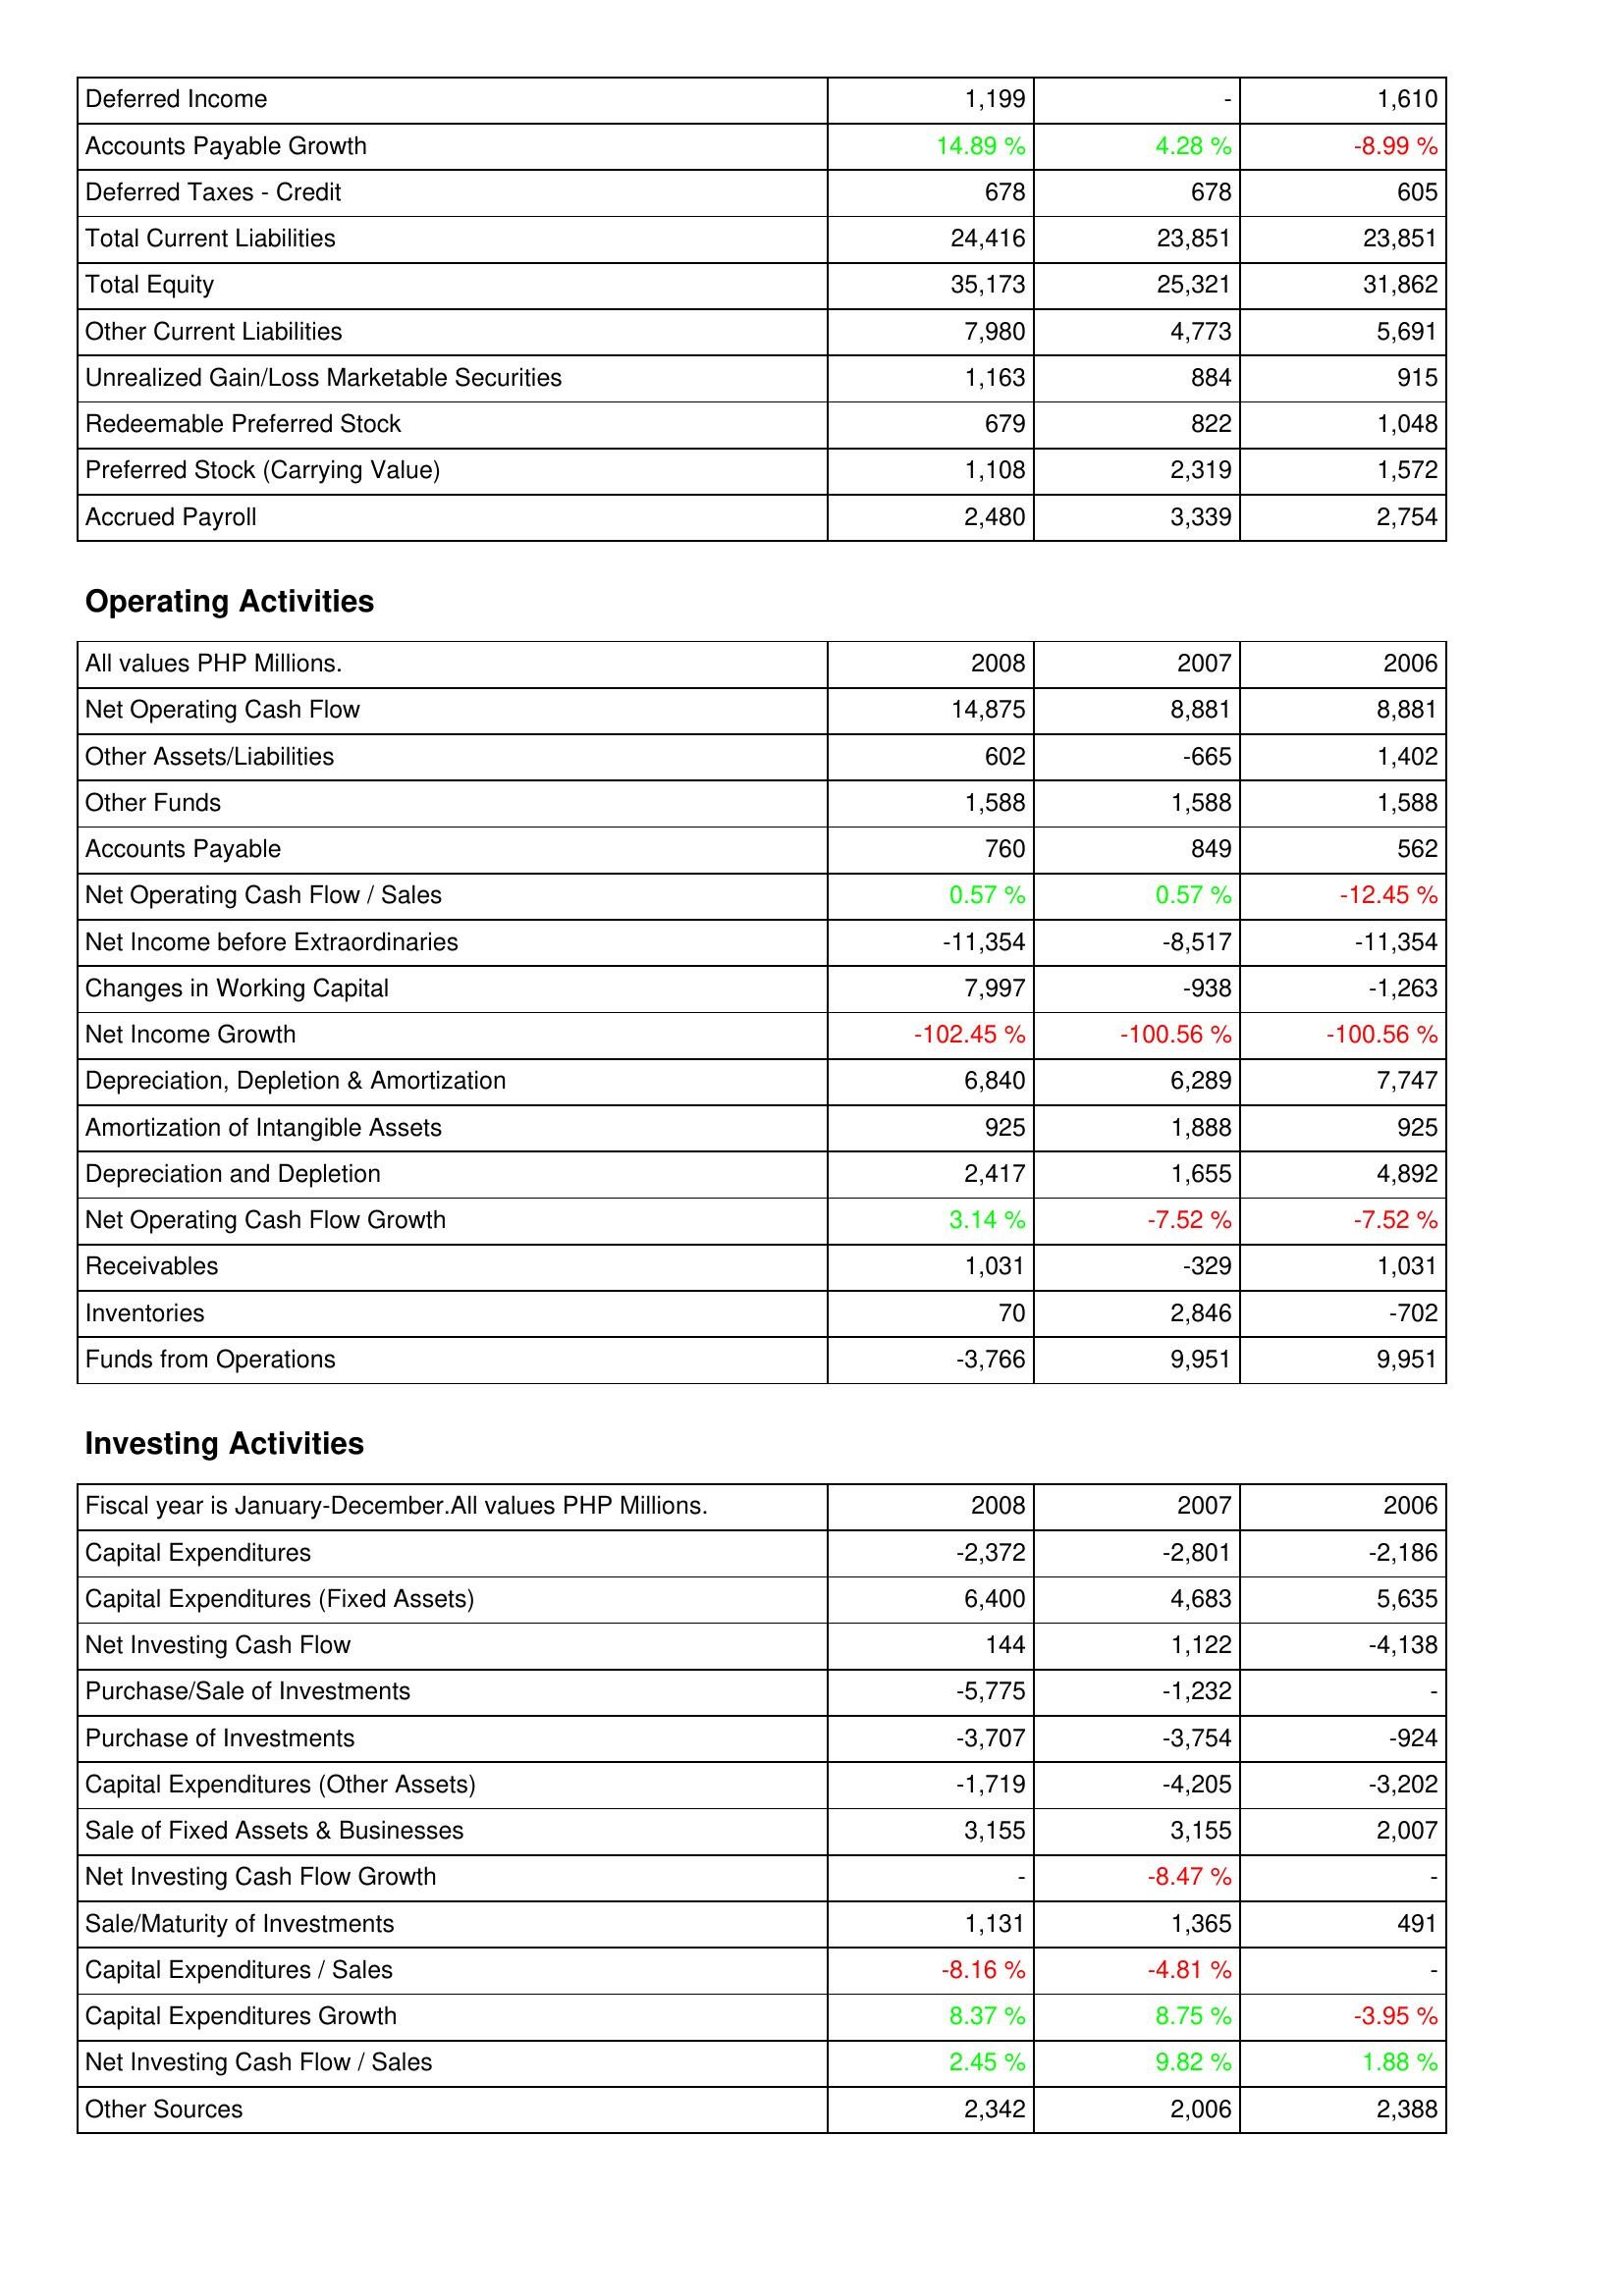
2008: Liabilities & Shareholders' Equity: Deferred Income: 1,199
Accounts Payable Growth: 14.89 %
Deferred Taxes - Credit: 678
Total Current Liabilities: 24,416
Total Equity: 35,173
Other Current Liabilities: 7,980
Unrealized Gain/Loss Marketable Securities: 1,163
Redeemable Preferred Stock: 679
Preferred Stock (Carrying Value): 1,108
Accrued Payroll: 2,480
Operating Activities: Net Operating Cash Flow: 14,875
Other Assets/Liabilities: 602
Other Funds: 1,588
Accounts Payable: 760
Net Operating Cash Flow / Sales: 0.57 %
Net Income before Extraordinaries: -11,354
Changes in Working Capital: 7,997
Net Income Growth: -102.45 %
Depreciation, Depletion & Amortization: 6,840
Amortization of Intangible Assets: 925
Depreciation and Depletion: 2,417
Net Operating Cash Flow Growth: 3.14 %
Receivables: 1,031
Inventories: 70
Funds from Operations: -3,766
Investing Activities: Capital Expenditures: -2,372
Capital Expenditures (Fixed Assets): 6,400
Net Investing Cash Flow: 144
Purchase/Sale of Investments: -5,775
Purchase of Investments: -3,707
Capital Expenditures (Other Assets): -1,719
Sale of Fixed Assets & Businesses: 3,155
Net Investing Cash Flow Growth: -
Sale/Maturity of Investments: 1,131
Capital Expenditures / Sales: -8.16 %
Capital Expenditures Growth: 8.37 %
Net Investing Cash Flow / Sales: 2.45 %
Other Sources: 2,342
2007: Liabilities & Shareholders' Equity: Deferred Income: -
Accounts Payable Growth: 4.28 %
Deferred Taxes - Credit: 678
Total Current Liabilities: 23,851
Total Equity: 25,321
Other Current Liabilities: 4,773
Unrealized Gain/Loss Marketable Securities: 884
Redeemable Preferred Stock: 822
Preferred Stock (Carrying Value): 2,319
Accrued Payroll: 3,339
Operating Activities: Net Operating Cash Flow: 8,881
Other Assets/Liabilities: -665
Other Funds: 1,588
Accounts Payable: 849
Net Operating Cash Flow / Sales: 0.57 %
Net Income before Extraordinaries: -8,517
Changes in Working Capital: -938
Net Income Growth: -100.56 %
Depreciation, Depletion & Amortization: 6,289
Amortization of Intangible Assets: 1,888
Depreciation and Depletion: 1,655
Net Operating Cash Flow Growth: -7.52 %
Receivables: -329
Inventories: 2,846
Funds from Operations: 9,951
Investing Activities: Capital Expenditures: -2,801
Capital Expenditures (Fixed Assets): 4,683
Net Investing Cash Flow: 1,122
Purchase/Sale of Investments: -1,232
Purchase of Investments: -3,754
Capital Expenditures (Other Assets): -4,205
Sale of Fixed Assets & Businesses: 3,155
Net Investing Cash Flow Growth: -8.47 %
Sale/Maturity of Investments: 1,365
Capital Expenditures / Sales: -4.81 %
Capital Expenditures Growth: 8.75 %
Net Investing Cash Flow / Sales: 9.82 %
Other Sources: 2,006
2006: Liabilities & Shareholders' Equity: Deferred Income: 1,610
Accounts Payable Growth: -8.99 %
Deferred Taxes - Credit: 605
Total Current Liabilities: 23,851
Total Equity: 31,862
Other Current Liabilities: 5,691
Unrealized Gain/Loss Marketable Securities: 915
Redeemable Preferred Stock: 1,048
Preferred Stock (Carrying Value): 1,572
Accrued Payroll: 2,754
Operating Activities: Net Operating Cash Flow: 8,881
Other Assets/Liabilities: 1,402
Other Funds: 1,588
Accounts Payable: 562
Net Operating Cash Flow / Sales: -12.45 %
Net Income before Extraordinaries: -11,354
Changes in Working Capital: -1,263
Net Income Growth: -100.56 %
Depreciation, Depletion & Amortization: 7,747
Amortization of Intangible Assets: 925
Depreciation and Depletion: 4,892
Net Operating Cash Flow Growth: -7.52 %
Receivables: 1,031
Inventories: -702
Funds from Operations: 9,951
Investing Activities: Capital Expenditures: -2,186
Capital Expenditures (Fixed Assets): 5,635
Net Investing Cash Flow: -4,138
Purchase/Sale of Investments: -
Purchase of Investments: -924
Capital Expenditures (Other Assets): -3,202
Sale of Fixed Assets & Businesses: 2,007
Net Investing Cash Flow Growth: -
Sale/Maturity of Investments: 491
Capital Expenditures / Sales: -
Capital Expenditures Growth: -3.95 %
Net Investing Cash Flow / Sales: 1.88 %
Other Sources: 2,388